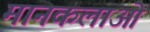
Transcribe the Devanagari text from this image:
मानकलाओ